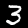
Label: 3